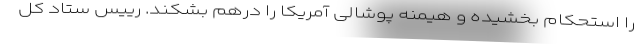
را استحکام بخشیده و هیمنه پوشالی آمریکا را درهم بشکند. رییس ستاد کل